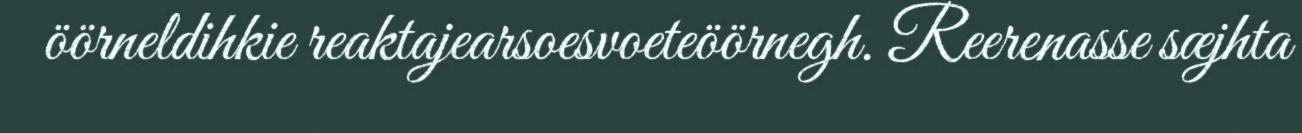
öörneldihkie reaktajearsoesvoeteöörnegh. Reerenasse sæjhta